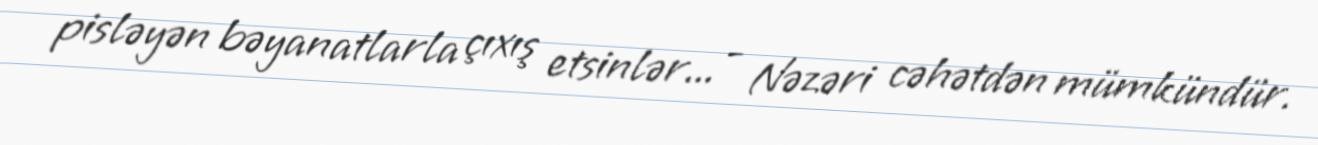
pisləyən bəyanatlarla çıxış etsinlər... - Nəzəri cəhətdən mümkündür.